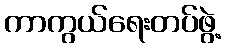
ကာကွယ်ရေးတပ်ဖွဲ့